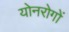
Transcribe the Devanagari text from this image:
योनरोगों